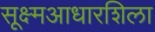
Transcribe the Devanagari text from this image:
सूक्ष्मआधारशिला